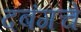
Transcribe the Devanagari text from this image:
दबंगचे